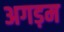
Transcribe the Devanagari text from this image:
अगड़म